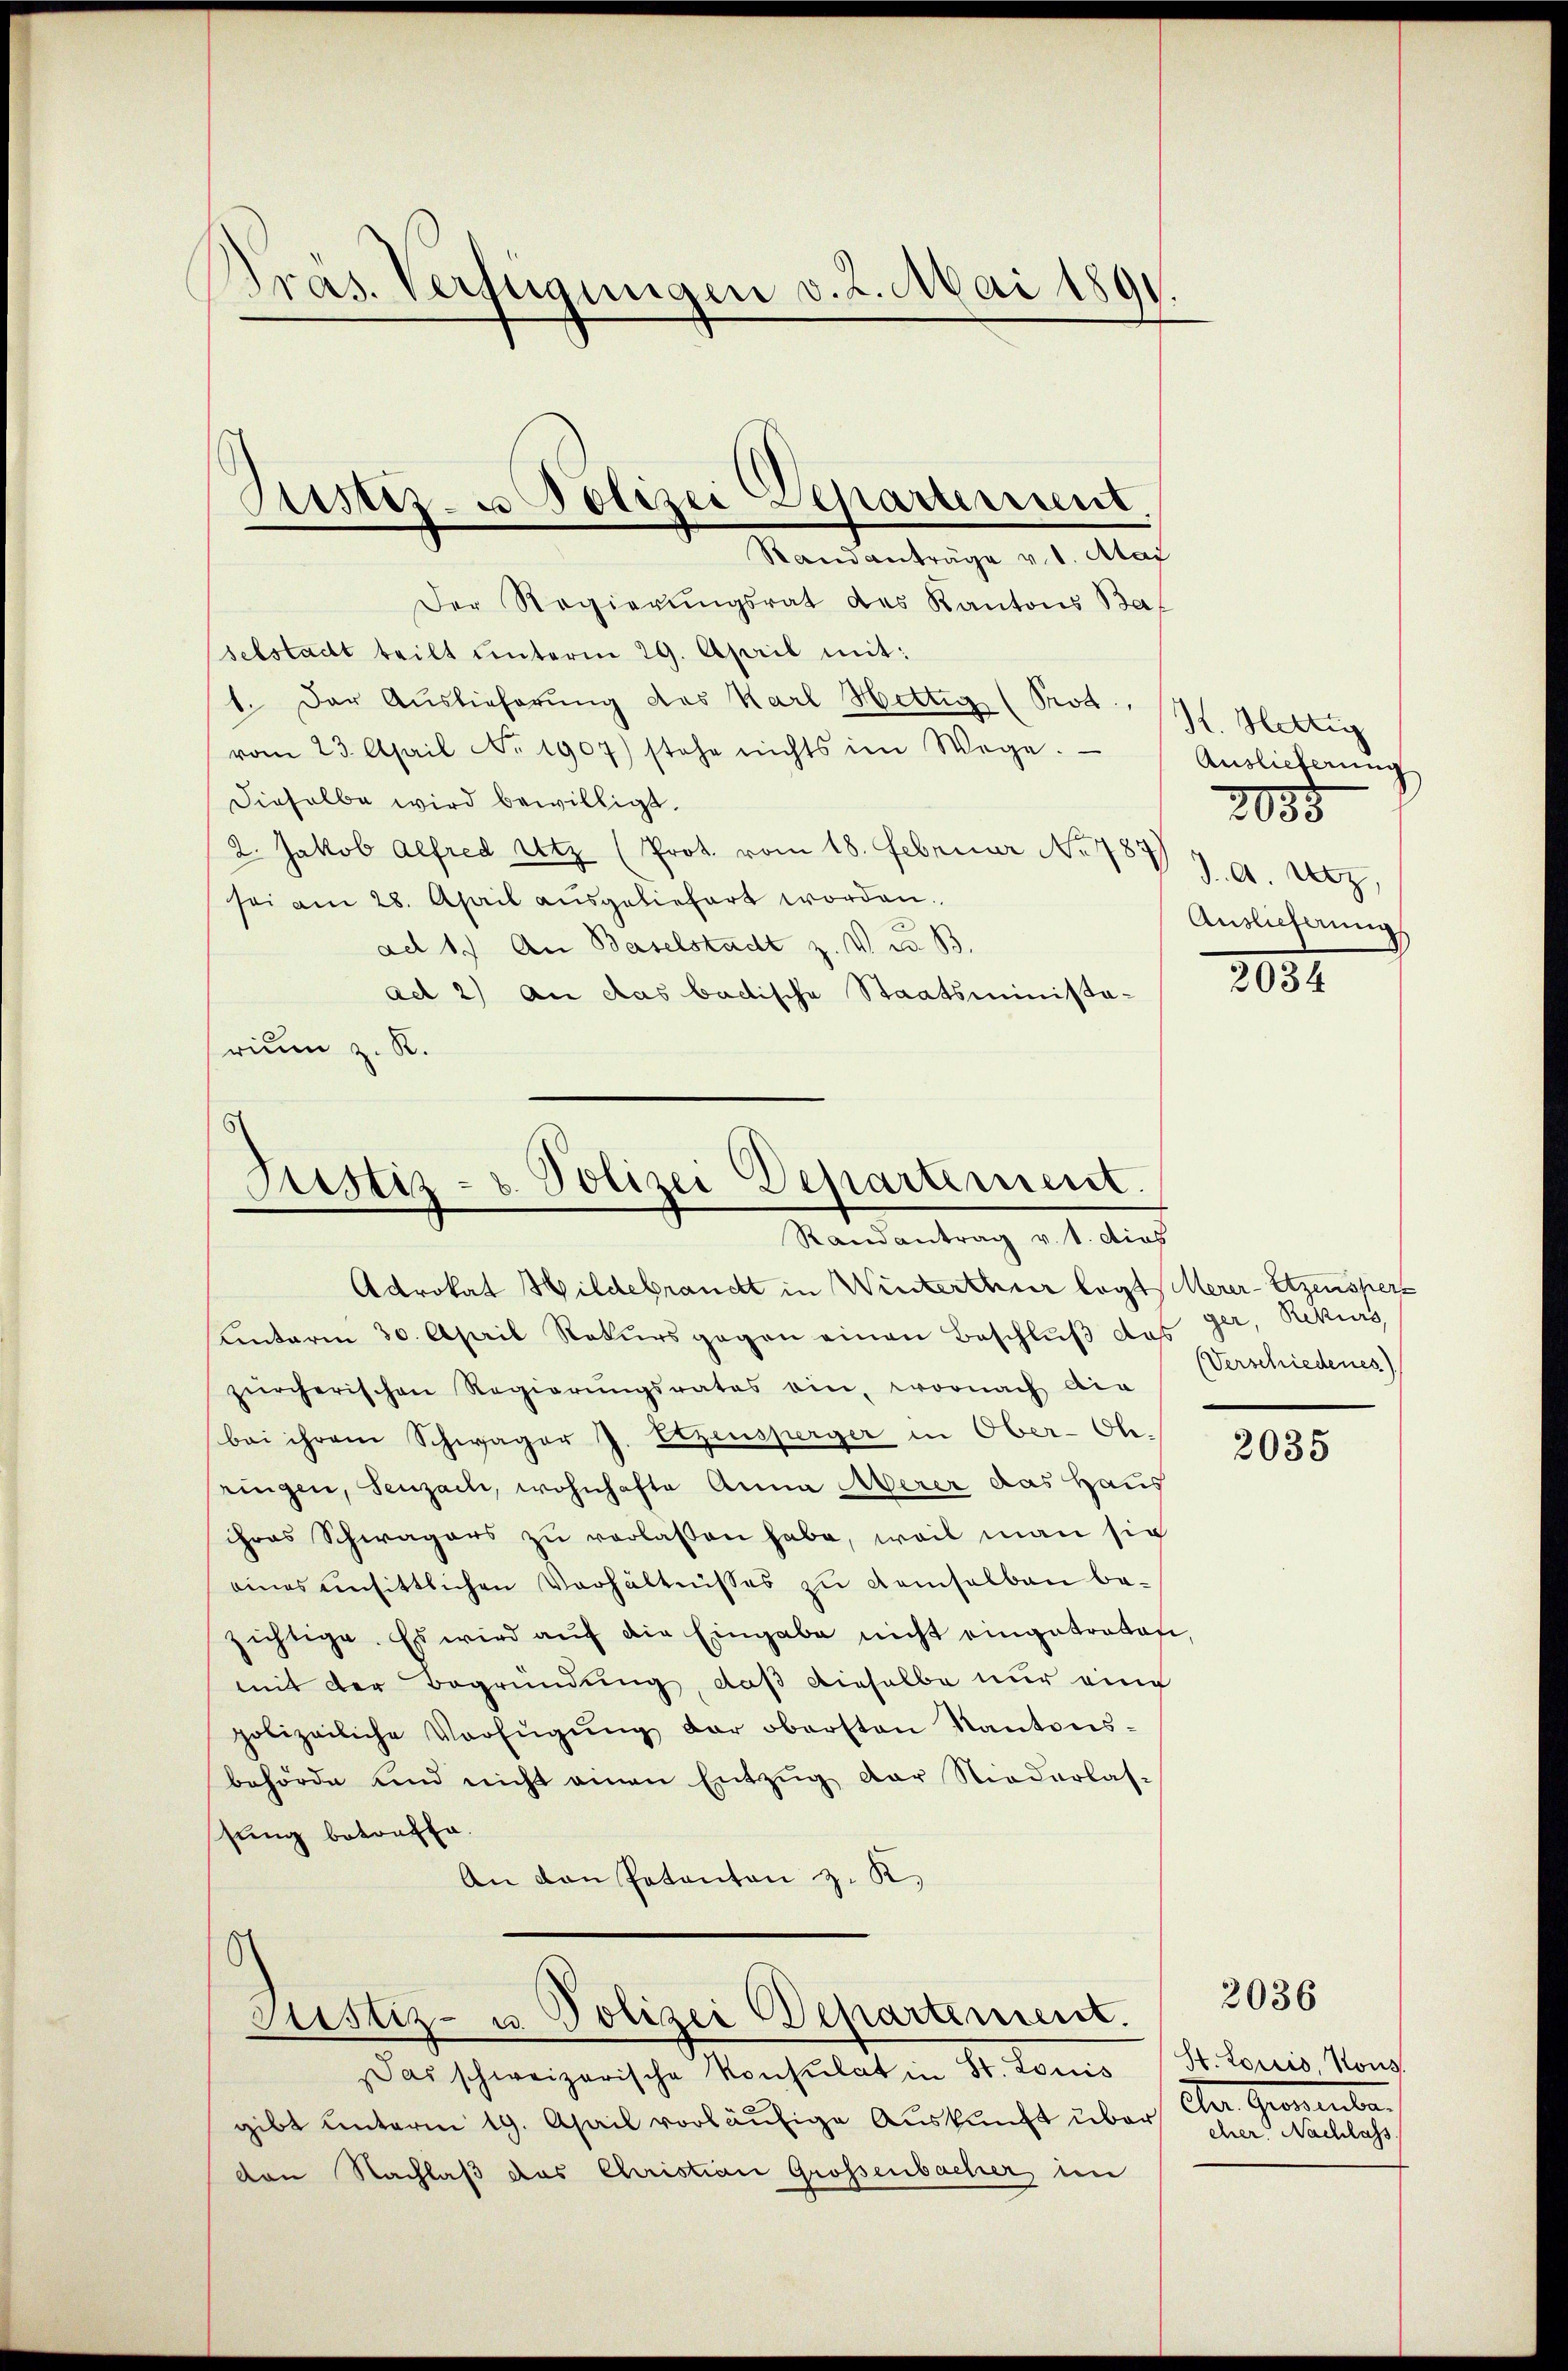
Bras. Verfügungen v. 2. Mai 1891.

Der Regierŭngsrat des Kantons Bat
selstadt teilt ŭnterm 29. April mit:
1. Der Auslieferŭng des Karl Hettig (Prod. 191. Hettig
vom 23. April No 1907) stehe nichts im Wege.
dieselbe wird bewilligt.
2. Jakob Alfred Utz (Prot. vom 18. Februar No 787
sei am 28. April ausgeliefert worden.
ad 1. An Baselstadt z. V. B.
ad 2) An das badische Staatsministarium z. R.

Sistiz- u Polizei Departement
Randanträge v. d. Aar

Justiz- & Polizei Departement.
Randantrag v. 1. dies

Adrokat Hildebraucht in Winterthur legt, Merer-Etzenspers
unterm 30. April Rekursgegen einen Beschluß das gar, Rekurs
zürcherischen Regierŭngsrates ein, wornach die
bei ihrem Schwager J. Etzensperger in Ober-Ohringen, Seuzach, wohnhafte Anna Merer das Haus
ihres Schwagers zŭ verlassen habe, weil man sic
eines einsittlichen Verhältnisses zu demselbau be-
zichtige. Es wird aŭf die Eingabe nicht eingetreten,
mit der Begründung, daß dieselbe nur eine
polizeiliche Verfügŭng der obersten Kantons-
behörde und nicht einen Entzug der Niederlas-
sung betreffe.
An den Patanton z. K.

¬
Justiz- u. Polizei Departement.

Das schweizerische Konsulat in St. Louis
gibt unterm 19. April vorläufige Auskunft über
den Nachlaß das Christian Grossenbacher, in

Auslieferung
J. A. Utz,
Auslieferung

2035

2034

(Verschiedenes)

2035

St. Loriis, Kons.
der Gemeinter
cher. Nachlass

2036